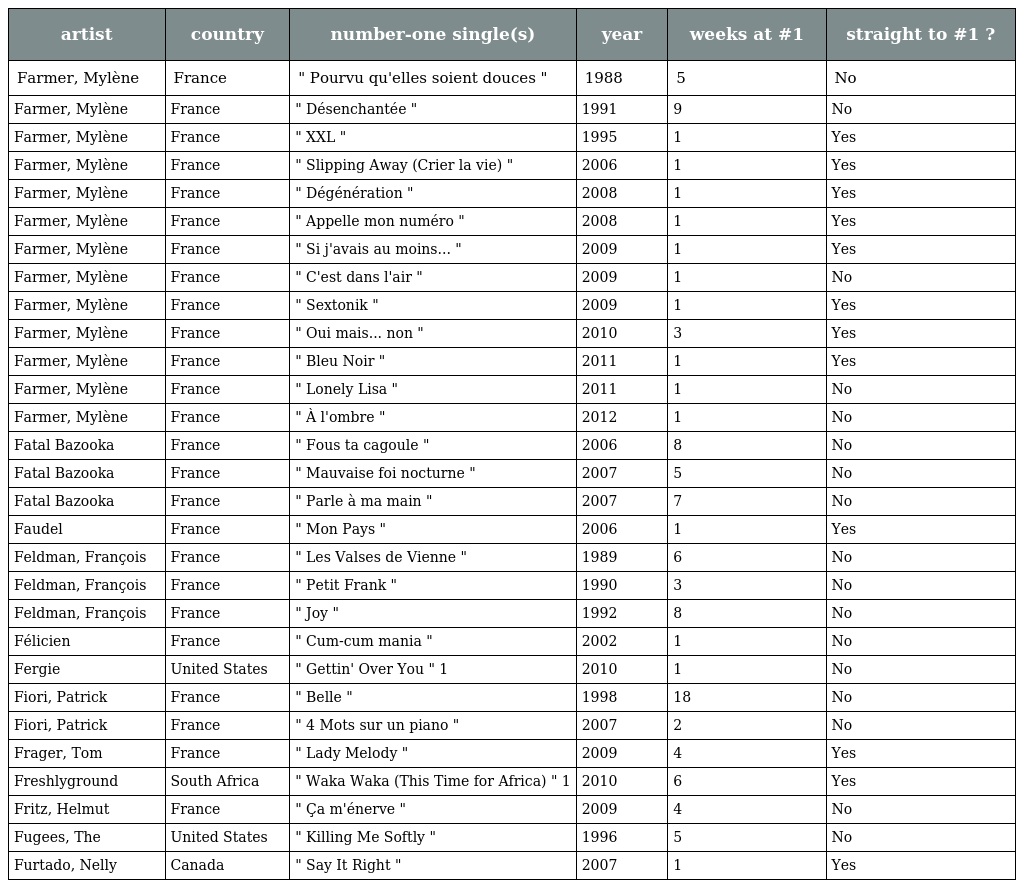
| artist | country | number-one single(s) | year | weeks at #1 | straight to #1 ? |
 | --- | --- | --- | --- | --- | --- |
 | Farmer, Mylène | France | " Pourvu qu'elles soient douces " | 1988 | 5 | No |
 | Farmer, Mylène | France | " Désenchantée " | 1991 | 9 | No |
 | Farmer, Mylène | France | " XXL " | 1995 | 1 | Yes |
 | Farmer, Mylène | France | " Slipping Away (Crier la vie) " | 2006 | 1 | Yes |
 | Farmer, Mylène | France | " Dégénération " | 2008 | 1 | Yes |
 | Farmer, Mylène | France | " Appelle mon numéro " | 2008 | 1 | Yes |
 | Farmer, Mylène | France | " Si j'avais au moins... " | 2009 | 1 | Yes |
 | Farmer, Mylène | France | " C'est dans l'air " | 2009 | 1 | No |
 | Farmer, Mylène | France | " Sextonik " | 2009 | 1 | Yes |
 | Farmer, Mylène | France | " Oui mais... non " | 2010 | 3 | Yes |
 | Farmer, Mylène | France | " Bleu Noir " | 2011 | 1 | Yes |
 | Farmer, Mylène | France | " Lonely Lisa " | 2011 | 1 | No |
 | Farmer, Mylène | France | " À l'ombre " | 2012 | 1 | No |
 | Fatal Bazooka | France | " Fous ta cagoule " | 2006 | 8 | No |
 | Fatal Bazooka | France | " Mauvaise foi nocturne " | 2007 | 5 | No |
 | Fatal Bazooka | France | " Parle à ma main " | 2007 | 7 | No |
 | Faudel | France | " Mon Pays " | 2006 | 1 | Yes |
 | Feldman, François | France | " Les Valses de Vienne " | 1989 | 6 | No |
 | Feldman, François | France | " Petit Frank " | 1990 | 3 | No |
 | Feldman, François | France | " Joy " | 1992 | 8 | No |
 | Félicien | France | " Cum-cum mania " | 2002 | 1 | No |
 | Fergie | United States | " Gettin' Over You " 1 | 2010 | 1 | No |
 | Fiori, Patrick | France | " Belle " | 1998 | 18 | No |
 | Fiori, Patrick | France | " 4 Mots sur un piano " | 2007 | 2 | No |
 | Frager, Tom | France | " Lady Melody " | 2009 | 4 | Yes |
 | Freshlyground | South Africa | " Waka Waka (This Time for Africa) " 1 | 2010 | 6 | Yes |
 | Fritz, Helmut | France | " Ça m'énerve " | 2009 | 4 | No |
 | Fugees, The | United States | " Killing Me Softly " | 1996 | 5 | No |
 | Furtado, Nelly | Canada | " Say It Right " | 2007 | 1 | Yes |